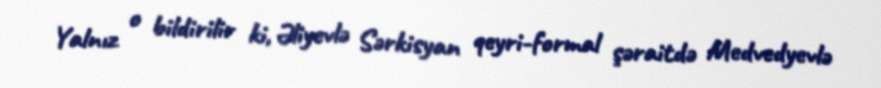
Yalnız o bildirilir ki, Əliyevlə Sərkisyan qeyri-formal şəraitdə Medvedyevlə